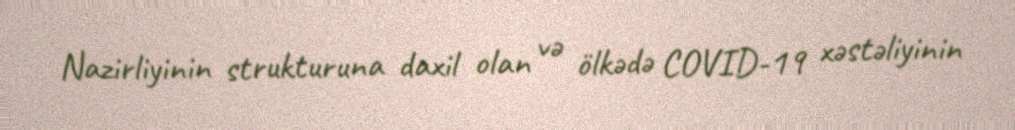
Nazirliyinin strukturuna daxil olan və ölkədə COVID-19 xəstəliyinin